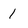
Character: 1